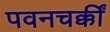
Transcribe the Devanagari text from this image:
पवनचक्कीं